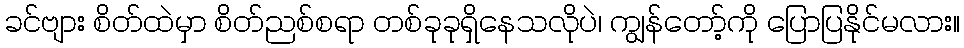
ခင်ဗျား စိတ်ထဲမှာ စိတ်ညစ်စရာ တစ်ခုခုရှိနေသလိုပဲ၊ ကျွန်တော့်ကို ပြောပြနိုင်မလား။